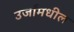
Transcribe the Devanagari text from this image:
उर्जांमधील